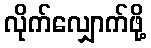
လိုက်လျှောက်ဖို့